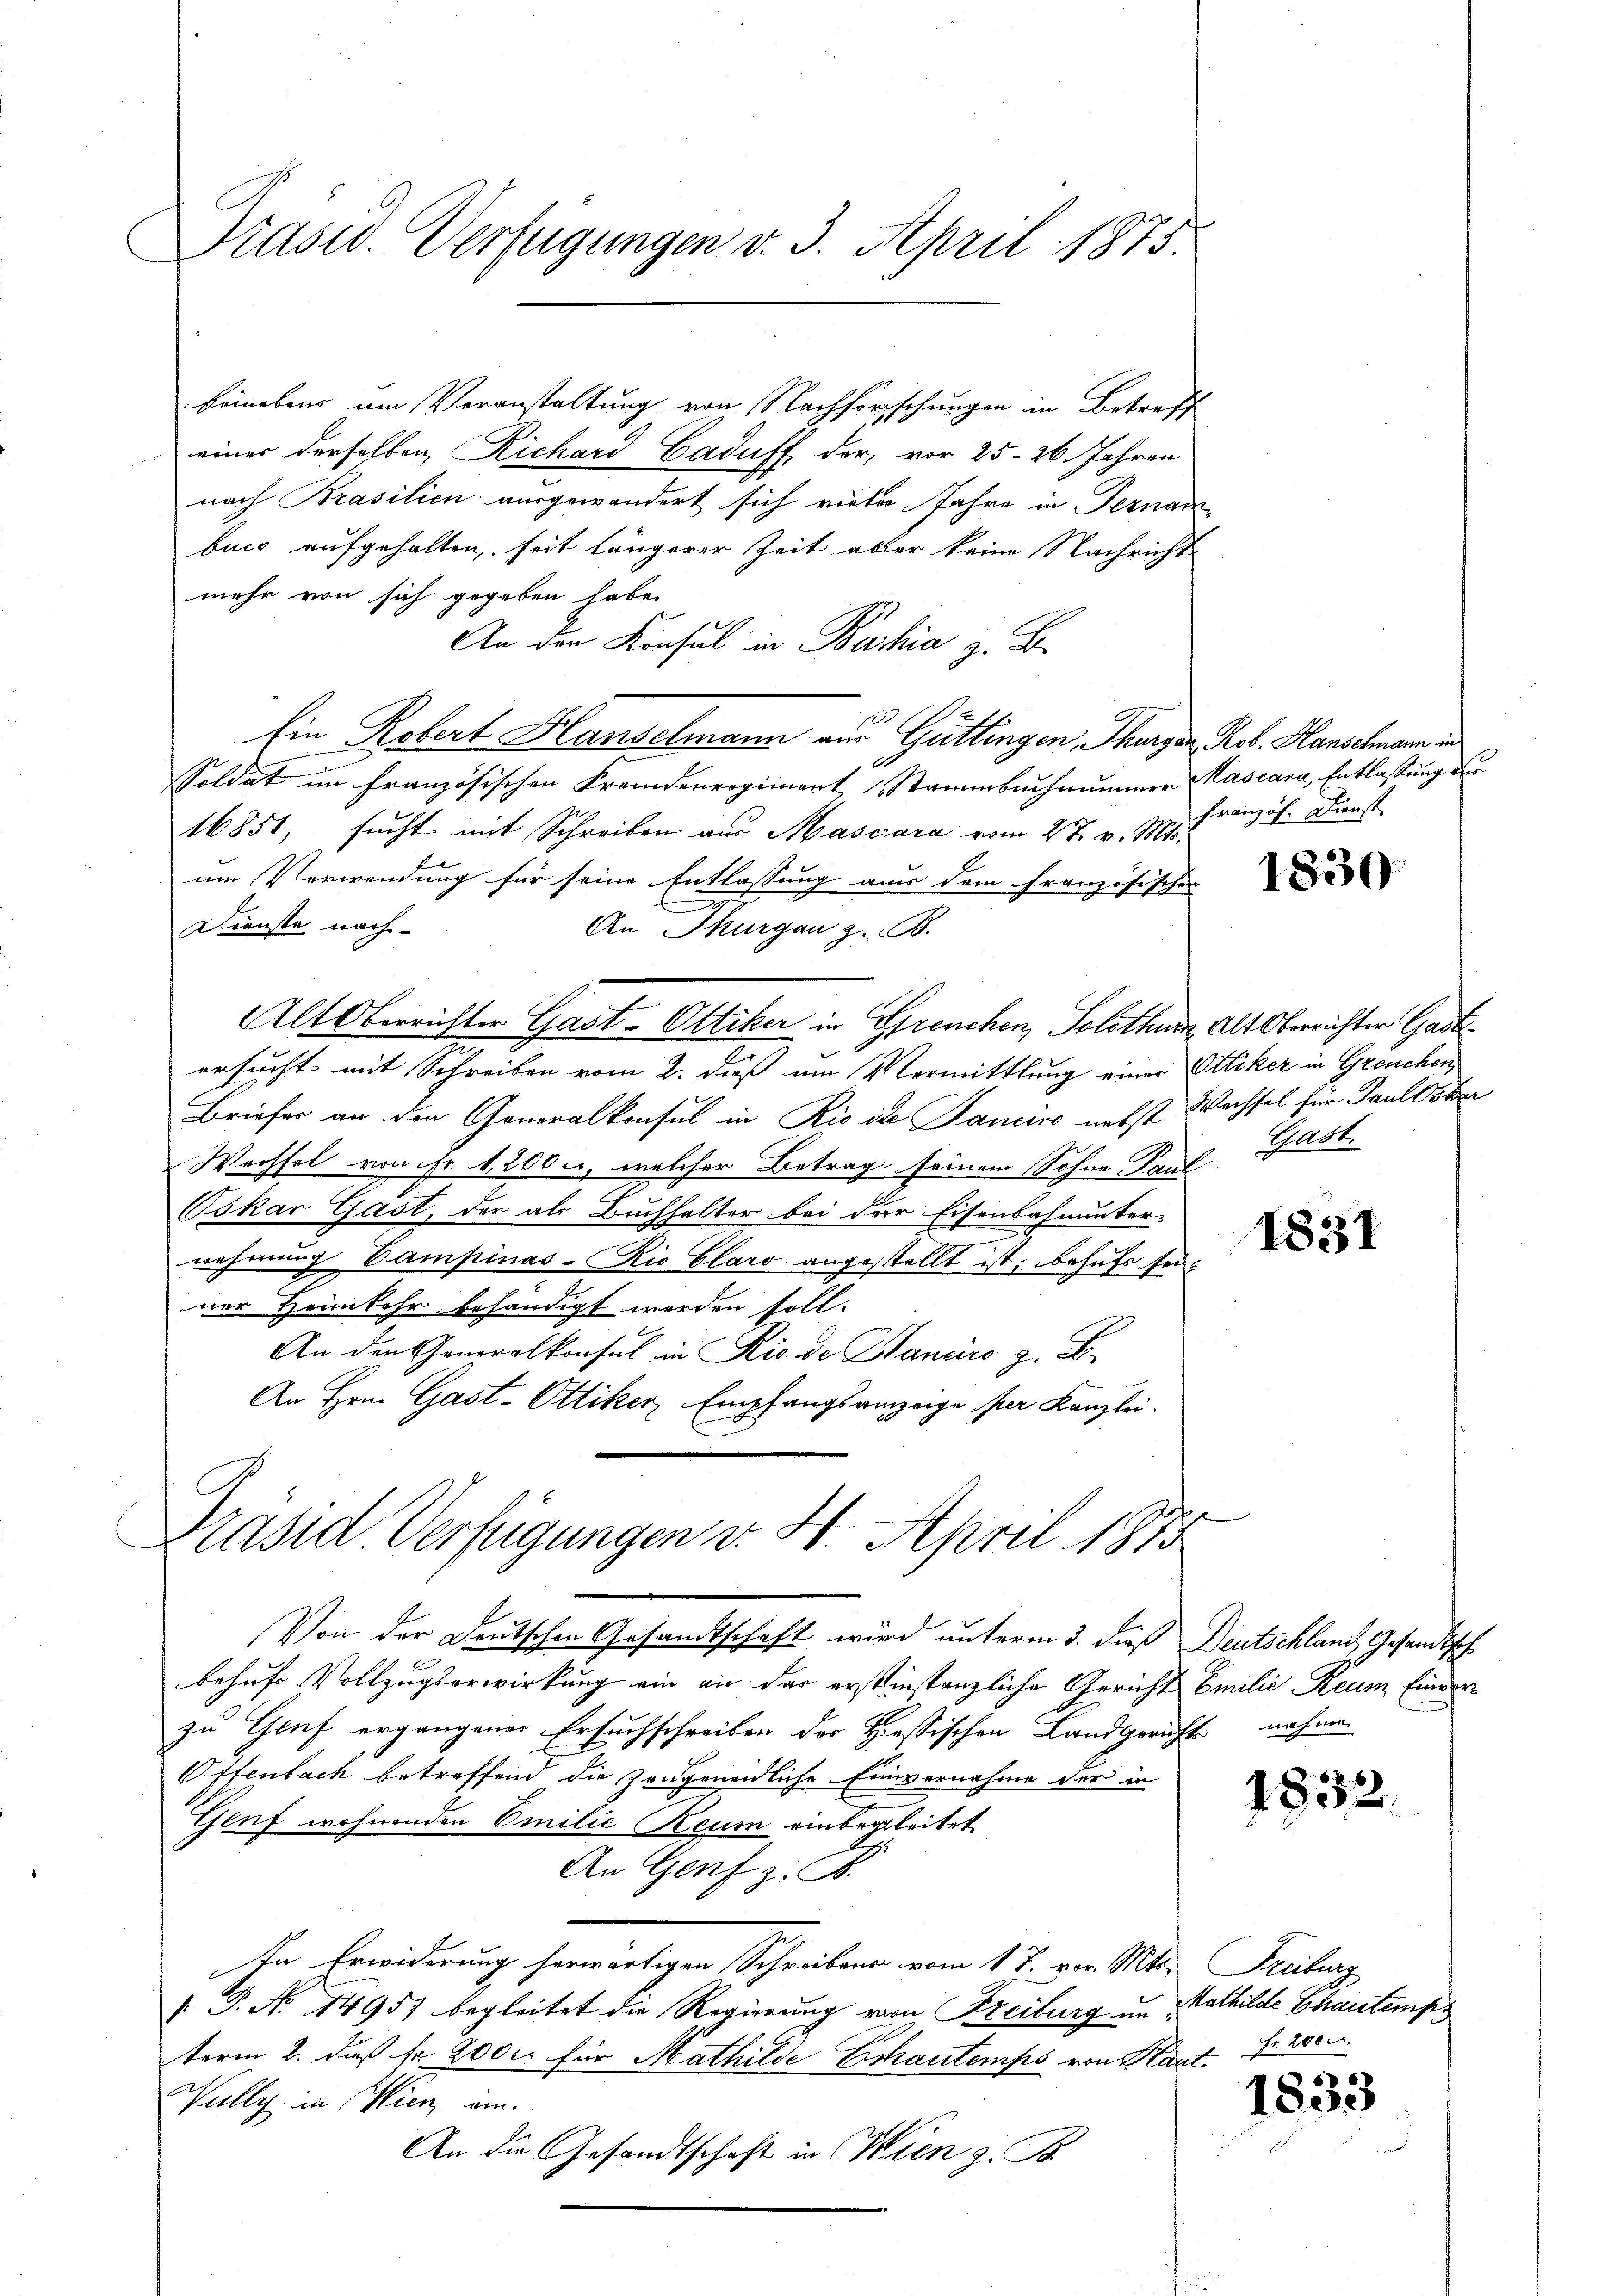
Präsid. Verfügungen v. 3. April 1875.

beinebens um Veranstaltung von Nachforschungen in Betreff
einer derselben Richard Caduff der vor 25. 26. Jahren
nach Brasilien ausgewandert sich rieter Jahre in Pernam
buco aufgehalten, seit längerer Zeit aber keine Nachricht
mehr von sich gegeben habe.
An den Konsul in Bahia z. B.
Ein Robert Hanselmann aus Güttingen, Thurgau, Rob. Hanschmann in
Soldat im französischen Fremdenregiment Stammbachnammer Mascara, Entlassung der
16851, sucht mit Schreiben aus Mascara vom 27. v. Mts.
um Verwendung für seine Entlassung aus dem französisches
Dienste nach
An Thurgau z. B.
Alt Oberrichter Gast-Ottiker in Sprenchen, Solothur, Alt Oberrichter Gastersucht mit Schreiben vom 2. dieß um Vermittlung einer Ottiker in Greuchen
Briefer an den Generalkonsul in Rioite Janeiro nebst Wachsel für Paulster
Wechsel von Fr. 1200., welcher Betrag seinem Sohne Paul
Oskar Gast, der als Buchhalter bei der Eisenbahnunter-
nehmung Campinas-Rio Glaro angestellt ist, behufs seiner Heimkehr behändigt werden soll.
An den Generalkonsul in Rio de Hanaro z. B.
An Hrn. Gast-Ottiker Empfangsanzeige per Kanzlei.
Präsid. Verfügungen v. 4. April 1875
Von der Deutschen Gesandtschaft wird unterm 3. dieß Deutschland, Gesandtsch
behufe Vollzugserwirkung ein an der erstinstanzliche Gericht Emilie Reum finderzu Gruf ergangener Ersuchschreiben der Hassischen Landgerichts nahme
Offenbach betreffend die Zeugenendliche Einvernahme der in
Genf wohnenden Emilie Reum einbegleitet
An Genf z. B.
In Erwiderung herwärtigen Schreibens vom 1 J. vor. Mts. Freiburg
 P. No. 1495) begleitet die Regierung von Freiburg in Mathilde Chautemp
term 2. daß fr 200 c. für Mathilde Echautemps von Kant. Fr. 200
ully in Wien, am
An die Gesandtschaft in Wien z. B.

Französ. Dienst

1830

Gast

1831

1832.

1833